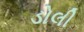
ડોલી